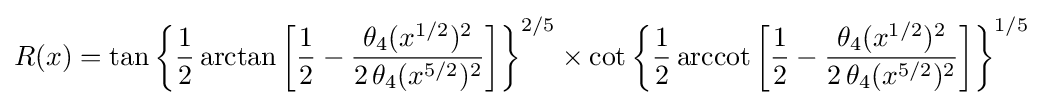
R(x)=\tan {\biggl \{}{\frac {1}{2}}\arctan {\biggl [}{\frac {1}{2}}-{\frac {\theta _{4}(x^{1/2})^{2}}{2\,\theta _{4}(x^{5/2})^{2}}}{\biggr ]}{\biggr \}}^{2/5}\times \cot {\biggl \{}{\frac {1}{2}}\operatorname {arccot} {\biggl [}{\frac {1}{2}}-{\frac {\theta _{4}(x^{1/2})^{2}}{2\,\theta _{4}(x^{5/2})^{2}}}{\biggr ]}{\biggr \}}^{1/5}